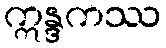
ဣန္ဒကဿ